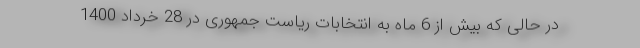
در حالی که بیش از 6 ماه به انتخابات ریاست جمهوری در 28 خرداد 1400